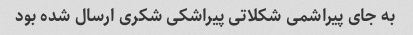
به جای پیراشمی شکلاتی پیراشکی شکری ارسال شده بود